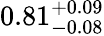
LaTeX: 0.81_{-0.08}^{+0.09}